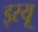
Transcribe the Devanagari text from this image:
इस्यू